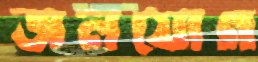
জলযোগ